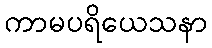
ကာမပရိယေသနာ